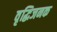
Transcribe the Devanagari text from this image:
वृद्धिजनक